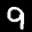
Label: 9